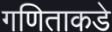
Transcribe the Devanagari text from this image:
गणिताकडे